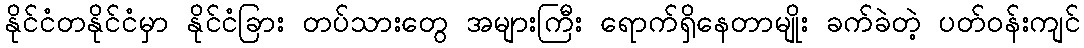
နိုင်ငံတနိုင်ငံမှာ နိုင်ငံခြား တပ်သားတွေ အများကြီး ရောက်ရှိနေတာမျိုး ခက်ခဲတဲ့ ပတ်ဝန်းကျင်